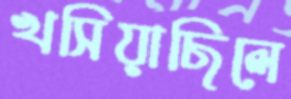
খসিয়াছিলে